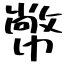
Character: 幤